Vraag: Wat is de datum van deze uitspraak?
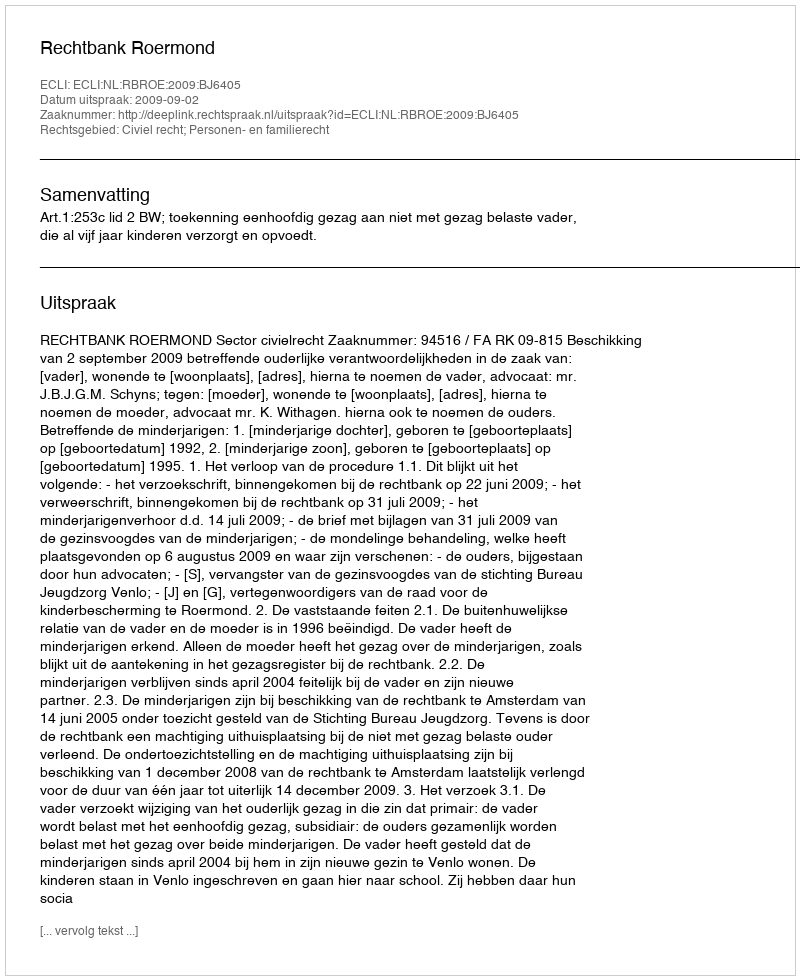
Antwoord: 2009-09-02